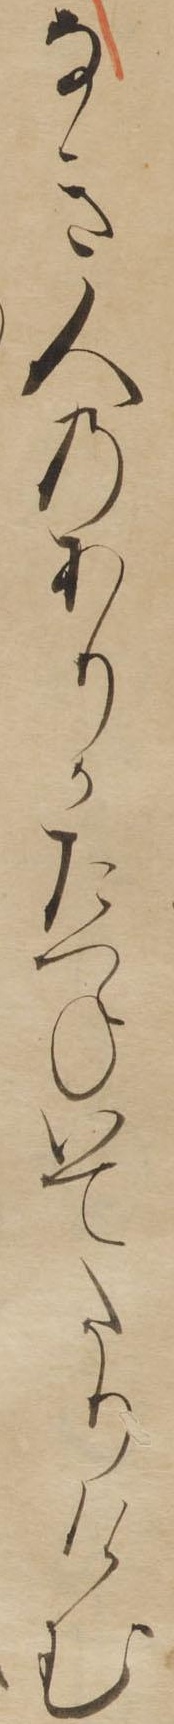
なき人のありかたつねいてたりけむ